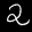
Label: 2